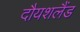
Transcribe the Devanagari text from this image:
दौयशलैंड